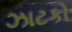
ઝાટકો